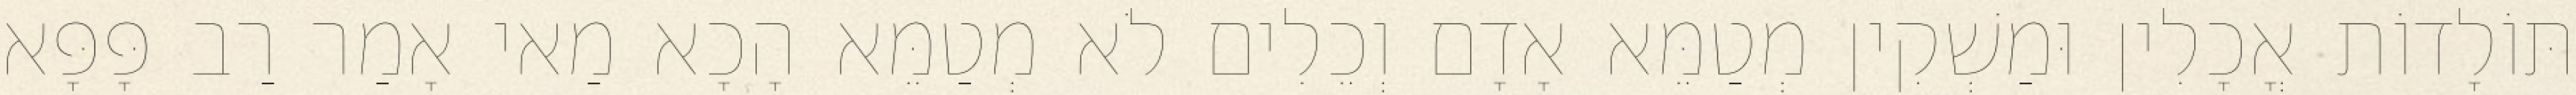
תּוֹלָדוֹת אֳכָלִין וּמַשְׁקִין מְטַמֵּא אָדָם וְכֵלִים לֹא מְטַמֵּא הָכָא מַאי אָמַר רַב פָּפָּא